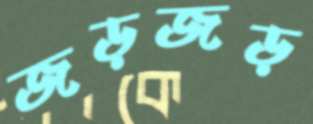
জড়জড়